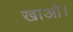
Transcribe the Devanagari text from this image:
खाओ।